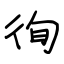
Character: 徇